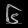
Digit: ၆